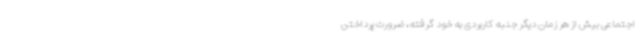
اجتماعی بیش از هر زمان دیگر جنبه کاربردی به خود گرفته، ضرورت پرداختن